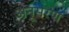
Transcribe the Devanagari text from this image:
अनूसरण